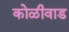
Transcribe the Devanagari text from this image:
कोळीवाड